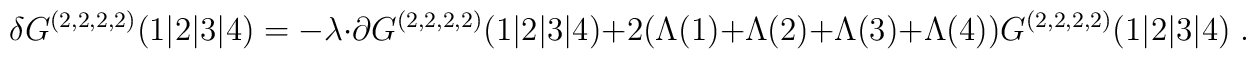
\delta G^{(2,2,2,2)}(1\vert 2\vert 3\vert 4) = -\lambda\cdot\partial G^{(2,2,2,2)}(1\vert 2\vert 3\vert 4)  + 2(\Lambda(1) + \Lambda(2) + \Lambda(3)+ \Lambda(4)) G^{(2,2,2,2)}(1\vert 2\vert 3\vert 4) \;.